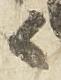
候